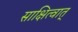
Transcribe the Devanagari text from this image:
साक्षित्वात्